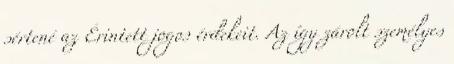
sértené az Érintett jogos érdekeit. Az így zárolt személyes